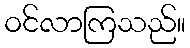
ဝင်လာကြသည်။